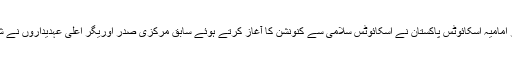
تنظیم کے سالانہ 46ویں کنونشن کا آغاز جمعہ کے روز نماز فجر کے بعد ہوا،اس موقع پر امامیہ اسکائوٹس پاکستان نے اسکائوٹس سلامی سے کنونشن کا آغاز کرتے ہوئے سابق مرکزی صدر اوریگر اعلی عہدیداروں نے شہد ڈاکٹر محمد علی نقوی سمیت شہدائے ملت جعفریہ پاکستان کو اسکائوٹ سلامی پیش کی۔